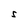
Character: S